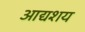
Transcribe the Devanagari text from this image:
आद्यशय